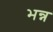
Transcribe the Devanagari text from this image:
भन्न